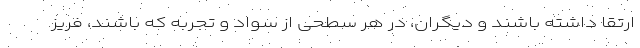
ارتقا داشته باشند و دیگران، در هر سطحی از سواد و تجربه که باشند، فریز